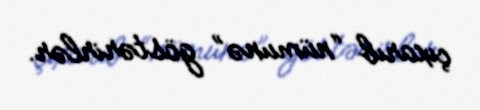
çıxarıb “nümunə” göstərirlər.